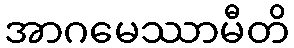
အာဂမေဿာမီတိ